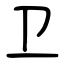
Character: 卫